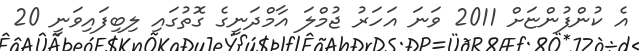
އެ ކުންފުންޏަށް 2011 ވަނަ އަހަރު ޖުމްލަ އާމްދަނީގެ ގޮތުގައި ލިބިފައިވަނީ 20